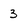
Character: 3